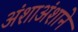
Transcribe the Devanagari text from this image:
अंशाअंशाने